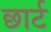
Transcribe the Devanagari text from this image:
छार्ट